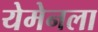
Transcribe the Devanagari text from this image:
येमेनला